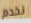
نخدم